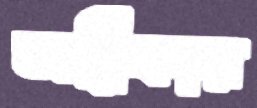
অস্বীকার